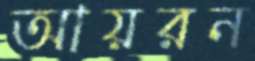
আয়রন